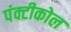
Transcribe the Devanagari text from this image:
पंक्टीकोल